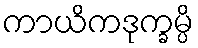
ကာယိကဒုက္ခမ္ပိ